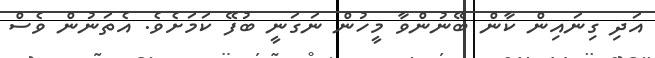
އަދި ގިިނައިން ކާން ބޭނުންވާ މީހުން ނަގަނީ ބުފޭ ކަމަށެވެ. އެތަނުން ވެސް